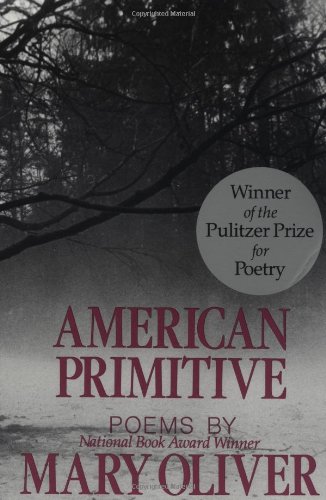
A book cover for American Primitive; Mary Oliver; Literature & Fiction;